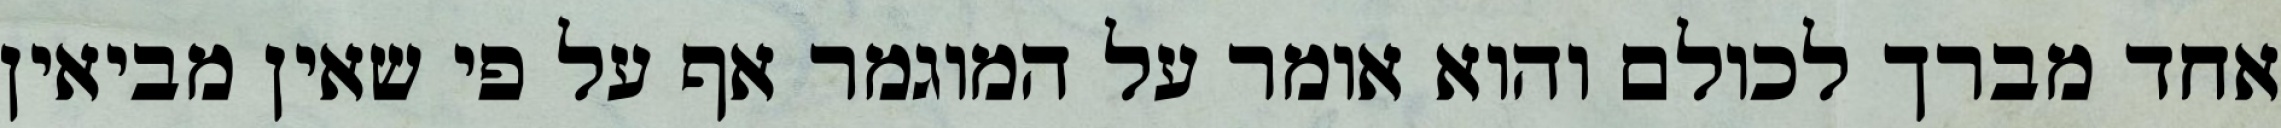
אחד מברך לכולם והוא אומר על המוגמר אף על פי שאין מביאין